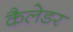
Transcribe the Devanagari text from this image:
कैलेडर